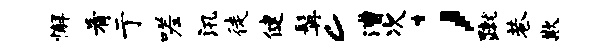
懈肴亍嗟汛徒健髯c漕次；蹴巷欺